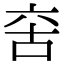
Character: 𠲩